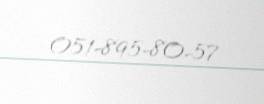
051-895-80-57